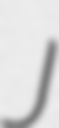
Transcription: J